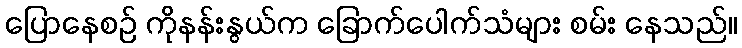
ပြောနေစဉ် ကိုနန်းနွယ်က ခြောက်ပေါက်သံများ စမ်း နေသည်။